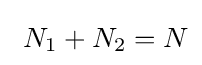
~N_{1}+N_{2}=N